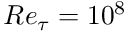
R e _ { \tau } = 1 0 ^ { 8 }